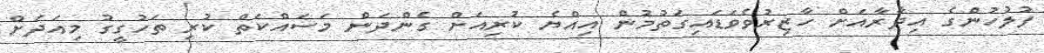
ފުލުހުންގެ އިދާރާއަށް ހާޒިރުވެވަޑައިގަތުމުން އިއްޔެ ކުރިއަށް ގެންދަން މަސައްކަތް ކުރި ތަހުގީގު މިއަދަށް